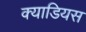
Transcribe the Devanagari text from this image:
क्याडियस